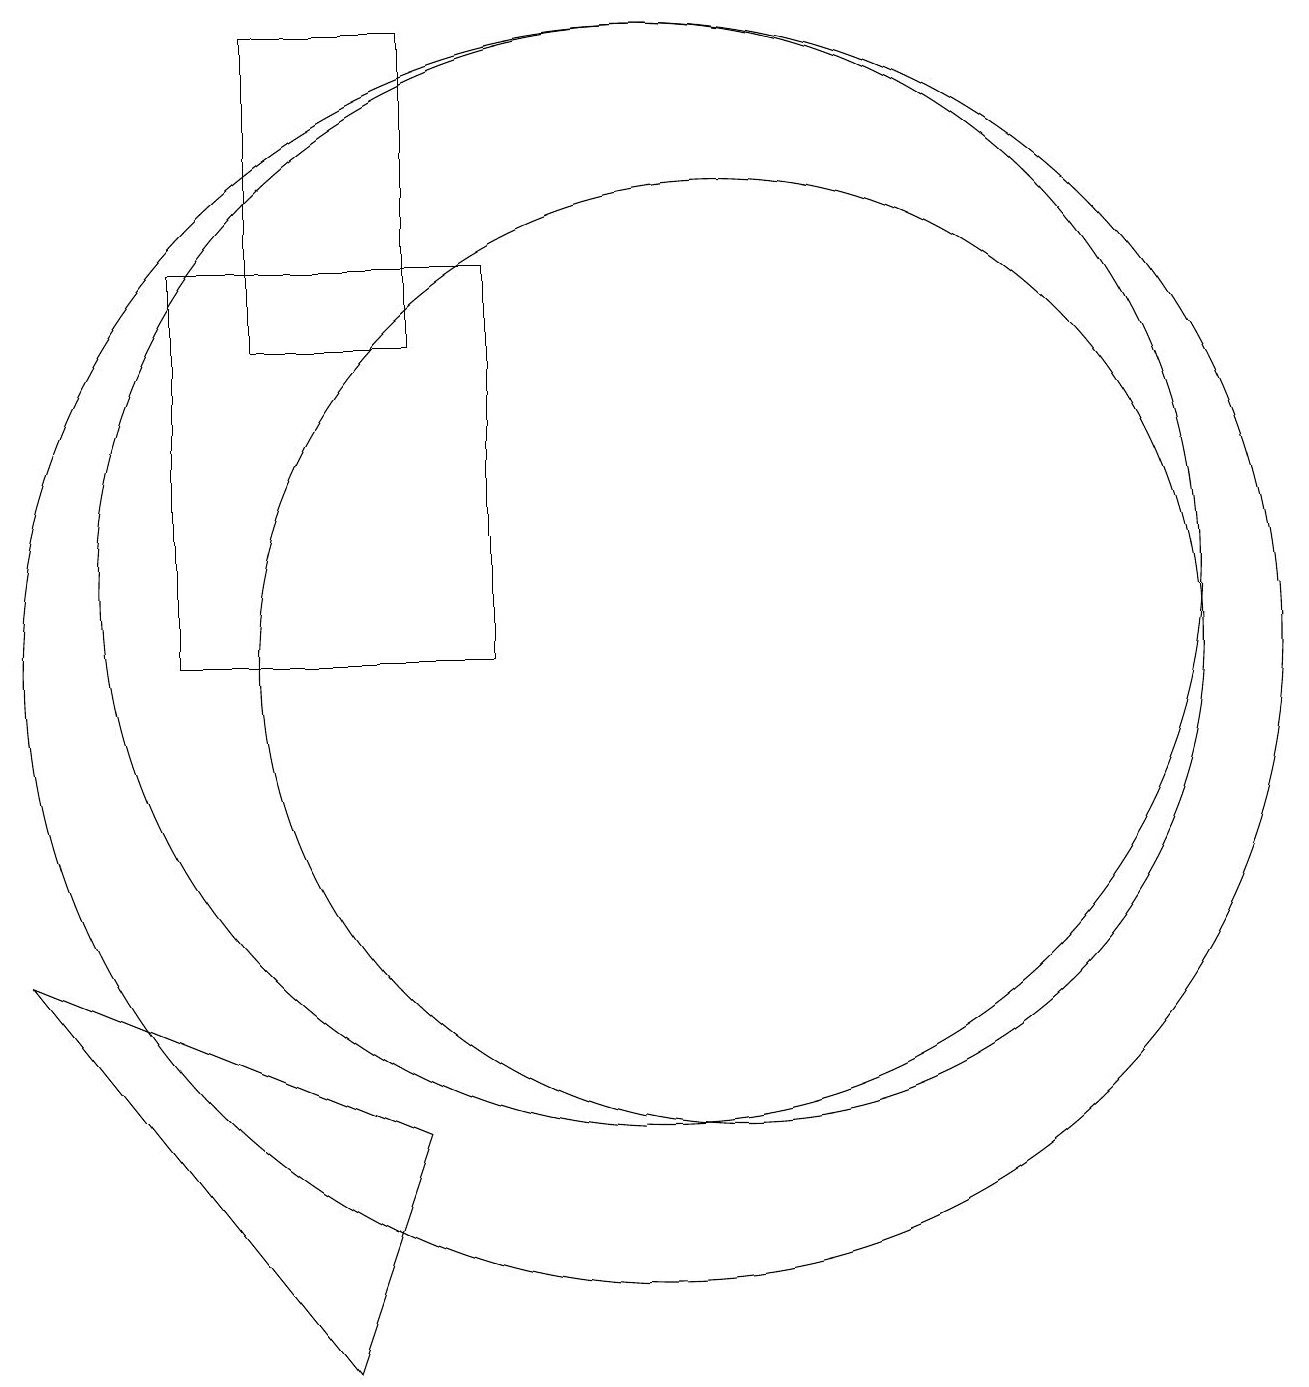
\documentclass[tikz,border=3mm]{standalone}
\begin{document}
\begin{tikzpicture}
\draw (11,10) circle (6);
\draw (4,10) rectangle (8,15);
\draw (2,6) -- (6,1) -- (7,4) -- cycle;
\draw (10,11) circle (7);
\draw (5,14) rectangle (7,18);
\draw (10,10) circle (8);
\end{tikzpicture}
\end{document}